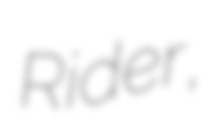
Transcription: Rider,